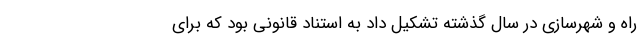
راه و شهرسازی در سال گذشته تشکیل داد به استناد قانونی بود که برای